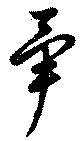
畢